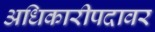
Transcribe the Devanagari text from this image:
अधिकारीपदावर